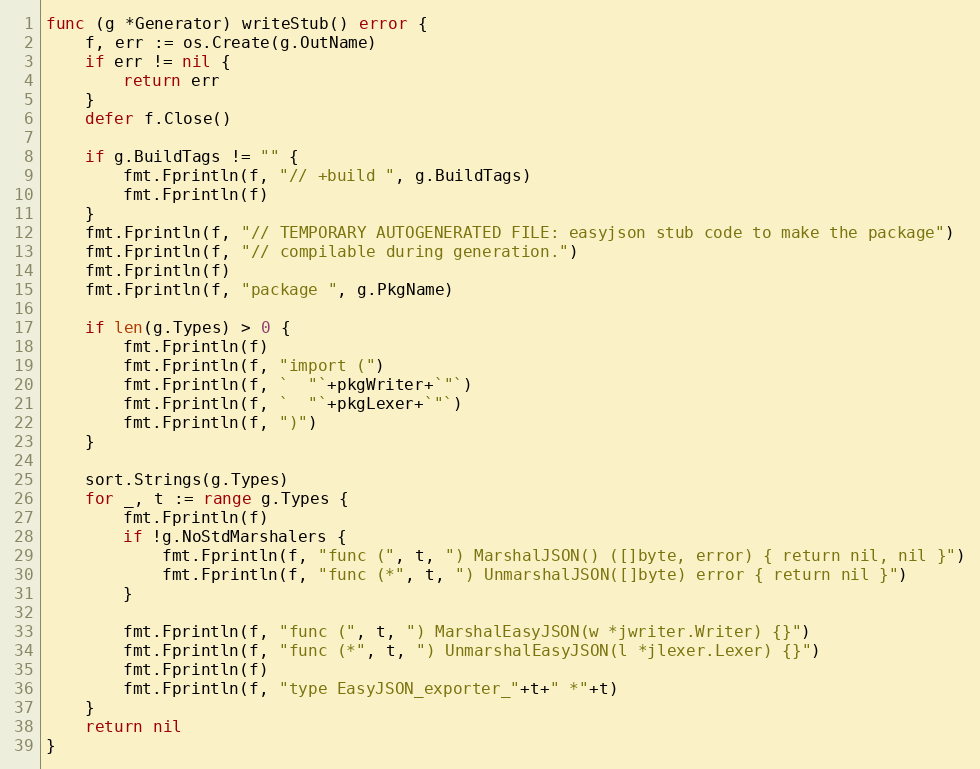
Language: Go
func (g *Generator) writeStub() error {
	f, err := os.Create(g.OutName)
	if err != nil {
		return err
	}
	defer f.Close()

	if g.BuildTags != "" {
		fmt.Fprintln(f, "// +build ", g.BuildTags)
		fmt.Fprintln(f)
	}
	fmt.Fprintln(f, "// TEMPORARY AUTOGENERATED FILE: easyjson stub code to make the package")
	fmt.Fprintln(f, "// compilable during generation.")
	fmt.Fprintln(f)
	fmt.Fprintln(f, "package ", g.PkgName)

	if len(g.Types) > 0 {
		fmt.Fprintln(f)
		fmt.Fprintln(f, "import (")
		fmt.Fprintln(f, `  "`+pkgWriter+`"`)
		fmt.Fprintln(f, `  "`+pkgLexer+`"`)
		fmt.Fprintln(f, ")")
	}

	sort.Strings(g.Types)
	for _, t := range g.Types {
		fmt.Fprintln(f)
		if !g.NoStdMarshalers {
			fmt.Fprintln(f, "func (", t, ") MarshalJSON() ([]byte, error) { return nil, nil }")
			fmt.Fprintln(f, "func (*", t, ") UnmarshalJSON([]byte) error { return nil }")
		}

		fmt.Fprintln(f, "func (", t, ") MarshalEasyJSON(w *jwriter.Writer) {}")
		fmt.Fprintln(f, "func (*", t, ") UnmarshalEasyJSON(l *jlexer.Lexer) {}")
		fmt.Fprintln(f)
		fmt.Fprintln(f, "type EasyJSON_exporter_"+t+" *"+t)
	}
	return nil
}